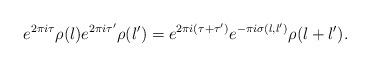
LaTeX: \begin{align*}e^{2 \pi i \tau} \rho(\l) e^{2 \pi i \tau'} \rho(\l') = e^{2 \pi i(\tau + \tau')} e^{-\pi i \sigma(\l,\l')} \rho(\l + \l').\end{align*}